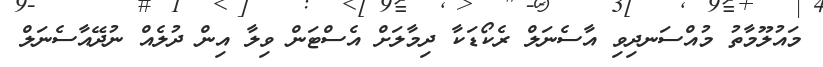
މައުލޫމާތު މުއްސަނދިވި އާސެނަލް ރެކޯޑަކާ ދިމާލަށް އެސްޓަން ވިލާ އިން ދުލެއް ނުދޭއާސެނަލް